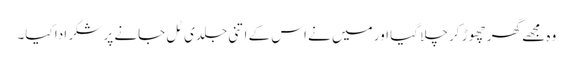
وہ مجھے گھر چھوڑ کر چلا گیا اور میں نے اس کے اتنی جلدی ٹل جانے پر شکر ادا کیا۔